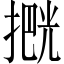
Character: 𫽶